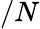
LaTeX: /N